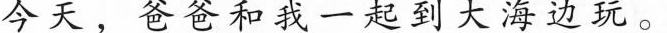
今天，爸爸和我一起到大海边玩。